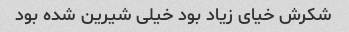
شکرش خیای زیاد بود خیلی شیرین شده بود